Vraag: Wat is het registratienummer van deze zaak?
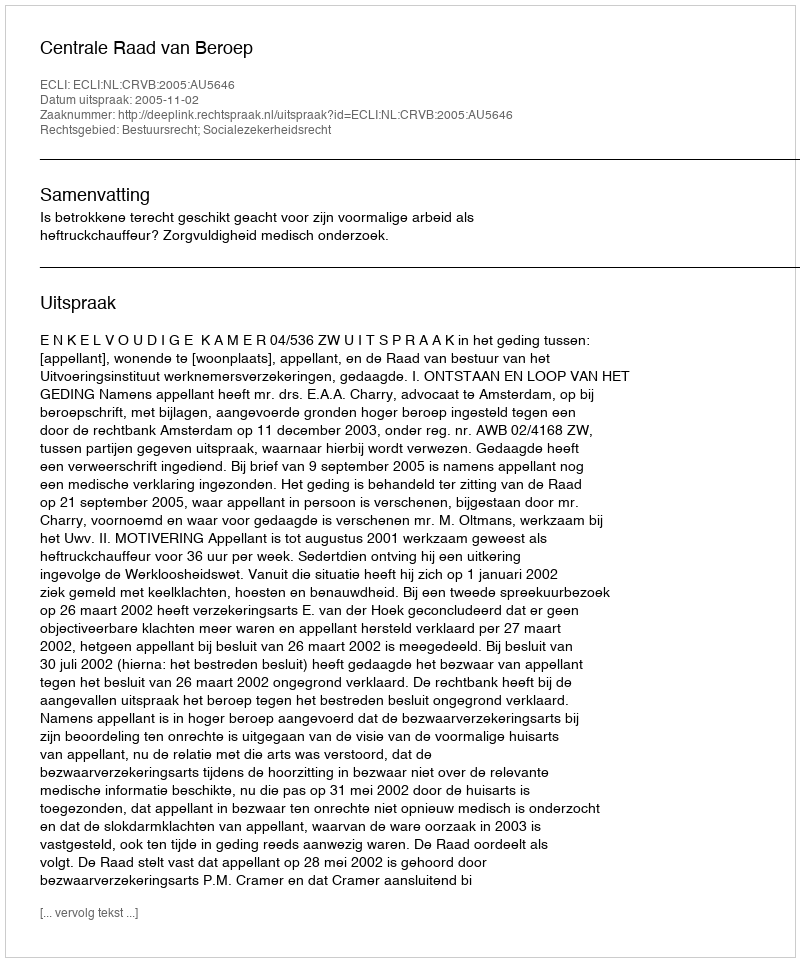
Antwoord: http://deeplink.rechtspraak.nl/uitspraak?id=ECLI:NL:CRVB:2005:AU5646